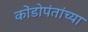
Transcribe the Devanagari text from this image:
कोंडोपंतांच्या